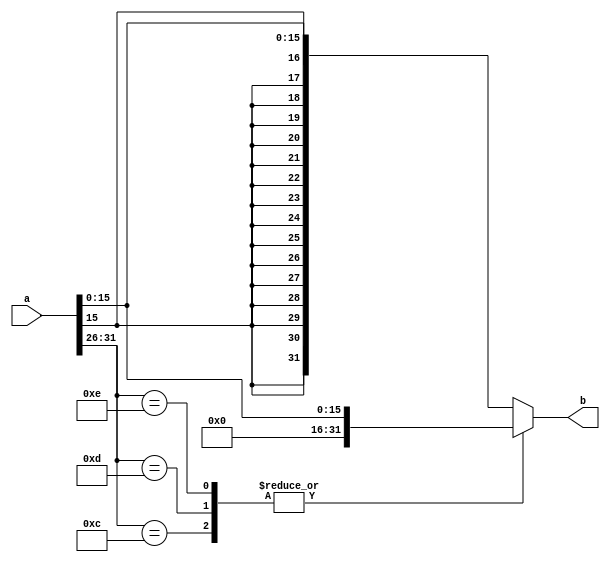
module extend(a,b);
input[31:0] a;
output reg[31:0] b;
always @(*)
begin
	case(a[31:26])
		6'b001100:b={16'b0,a[15:0]};//andi
		6'b001101:b={16'b0,a[15:0]};//ori
		6'b001110:b={16'b0,a[15:0]};//xori
		default:b={{16{a[15]}},a[15:0]};
	endcase
end
endmodule